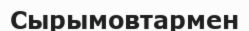
Сырымовтармен